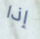
إذا